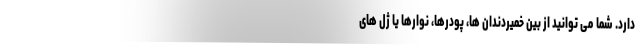
دارد. شما می توانید از بین خمیردندان ها، پودرها، نوارها یا ژل های